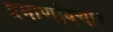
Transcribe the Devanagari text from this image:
प्रमाणविचार